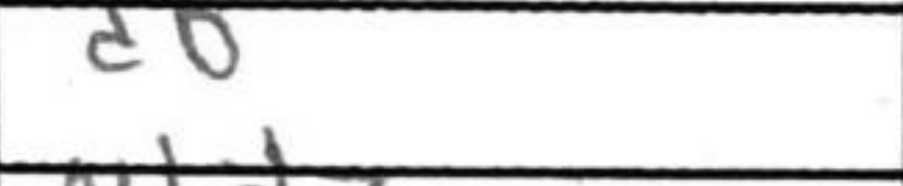
Transcription: d6